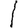
Digit: 1